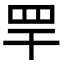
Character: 䍐